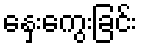
နှေးကွေးခြင်း